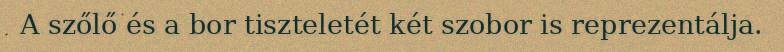
A szőlő és a bor tiszteletét két szobor is reprezentálja.